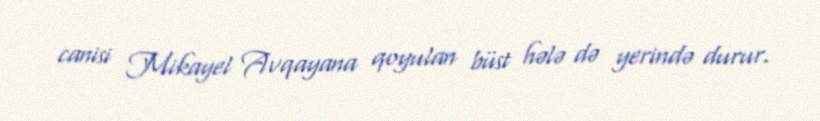
canisi Mikayel Avqayana qoyulan büst hələ də yerində durur.